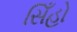
સિઁહો